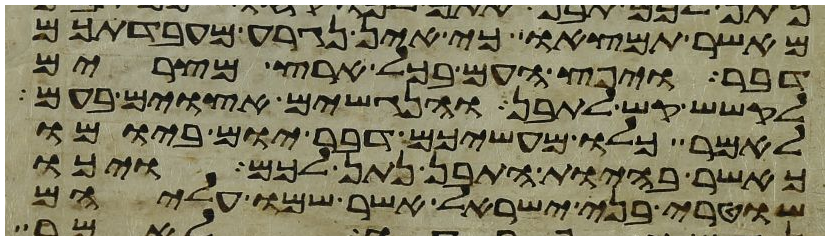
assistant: מאשר תמצאו כי אין נגרע מעבדתכם
דבר ויפץ העם בכל ארץ מצרים
לקשש קש לתבן והנגשים אצוים בעם
לאמר כלו מעשיכם דבר יום ביומו
כאשר בהיות התבן נתן לכם ויכו
שוטרי בני ישראל אשר שמו עליהם